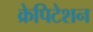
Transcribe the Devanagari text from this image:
क्रेपिटेशन